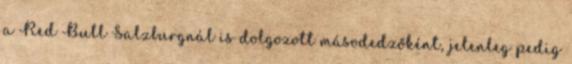
a Red Bull Salzburgnál is dolgozott másodedzőként, jelenleg pedig